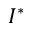
I ^ { * }